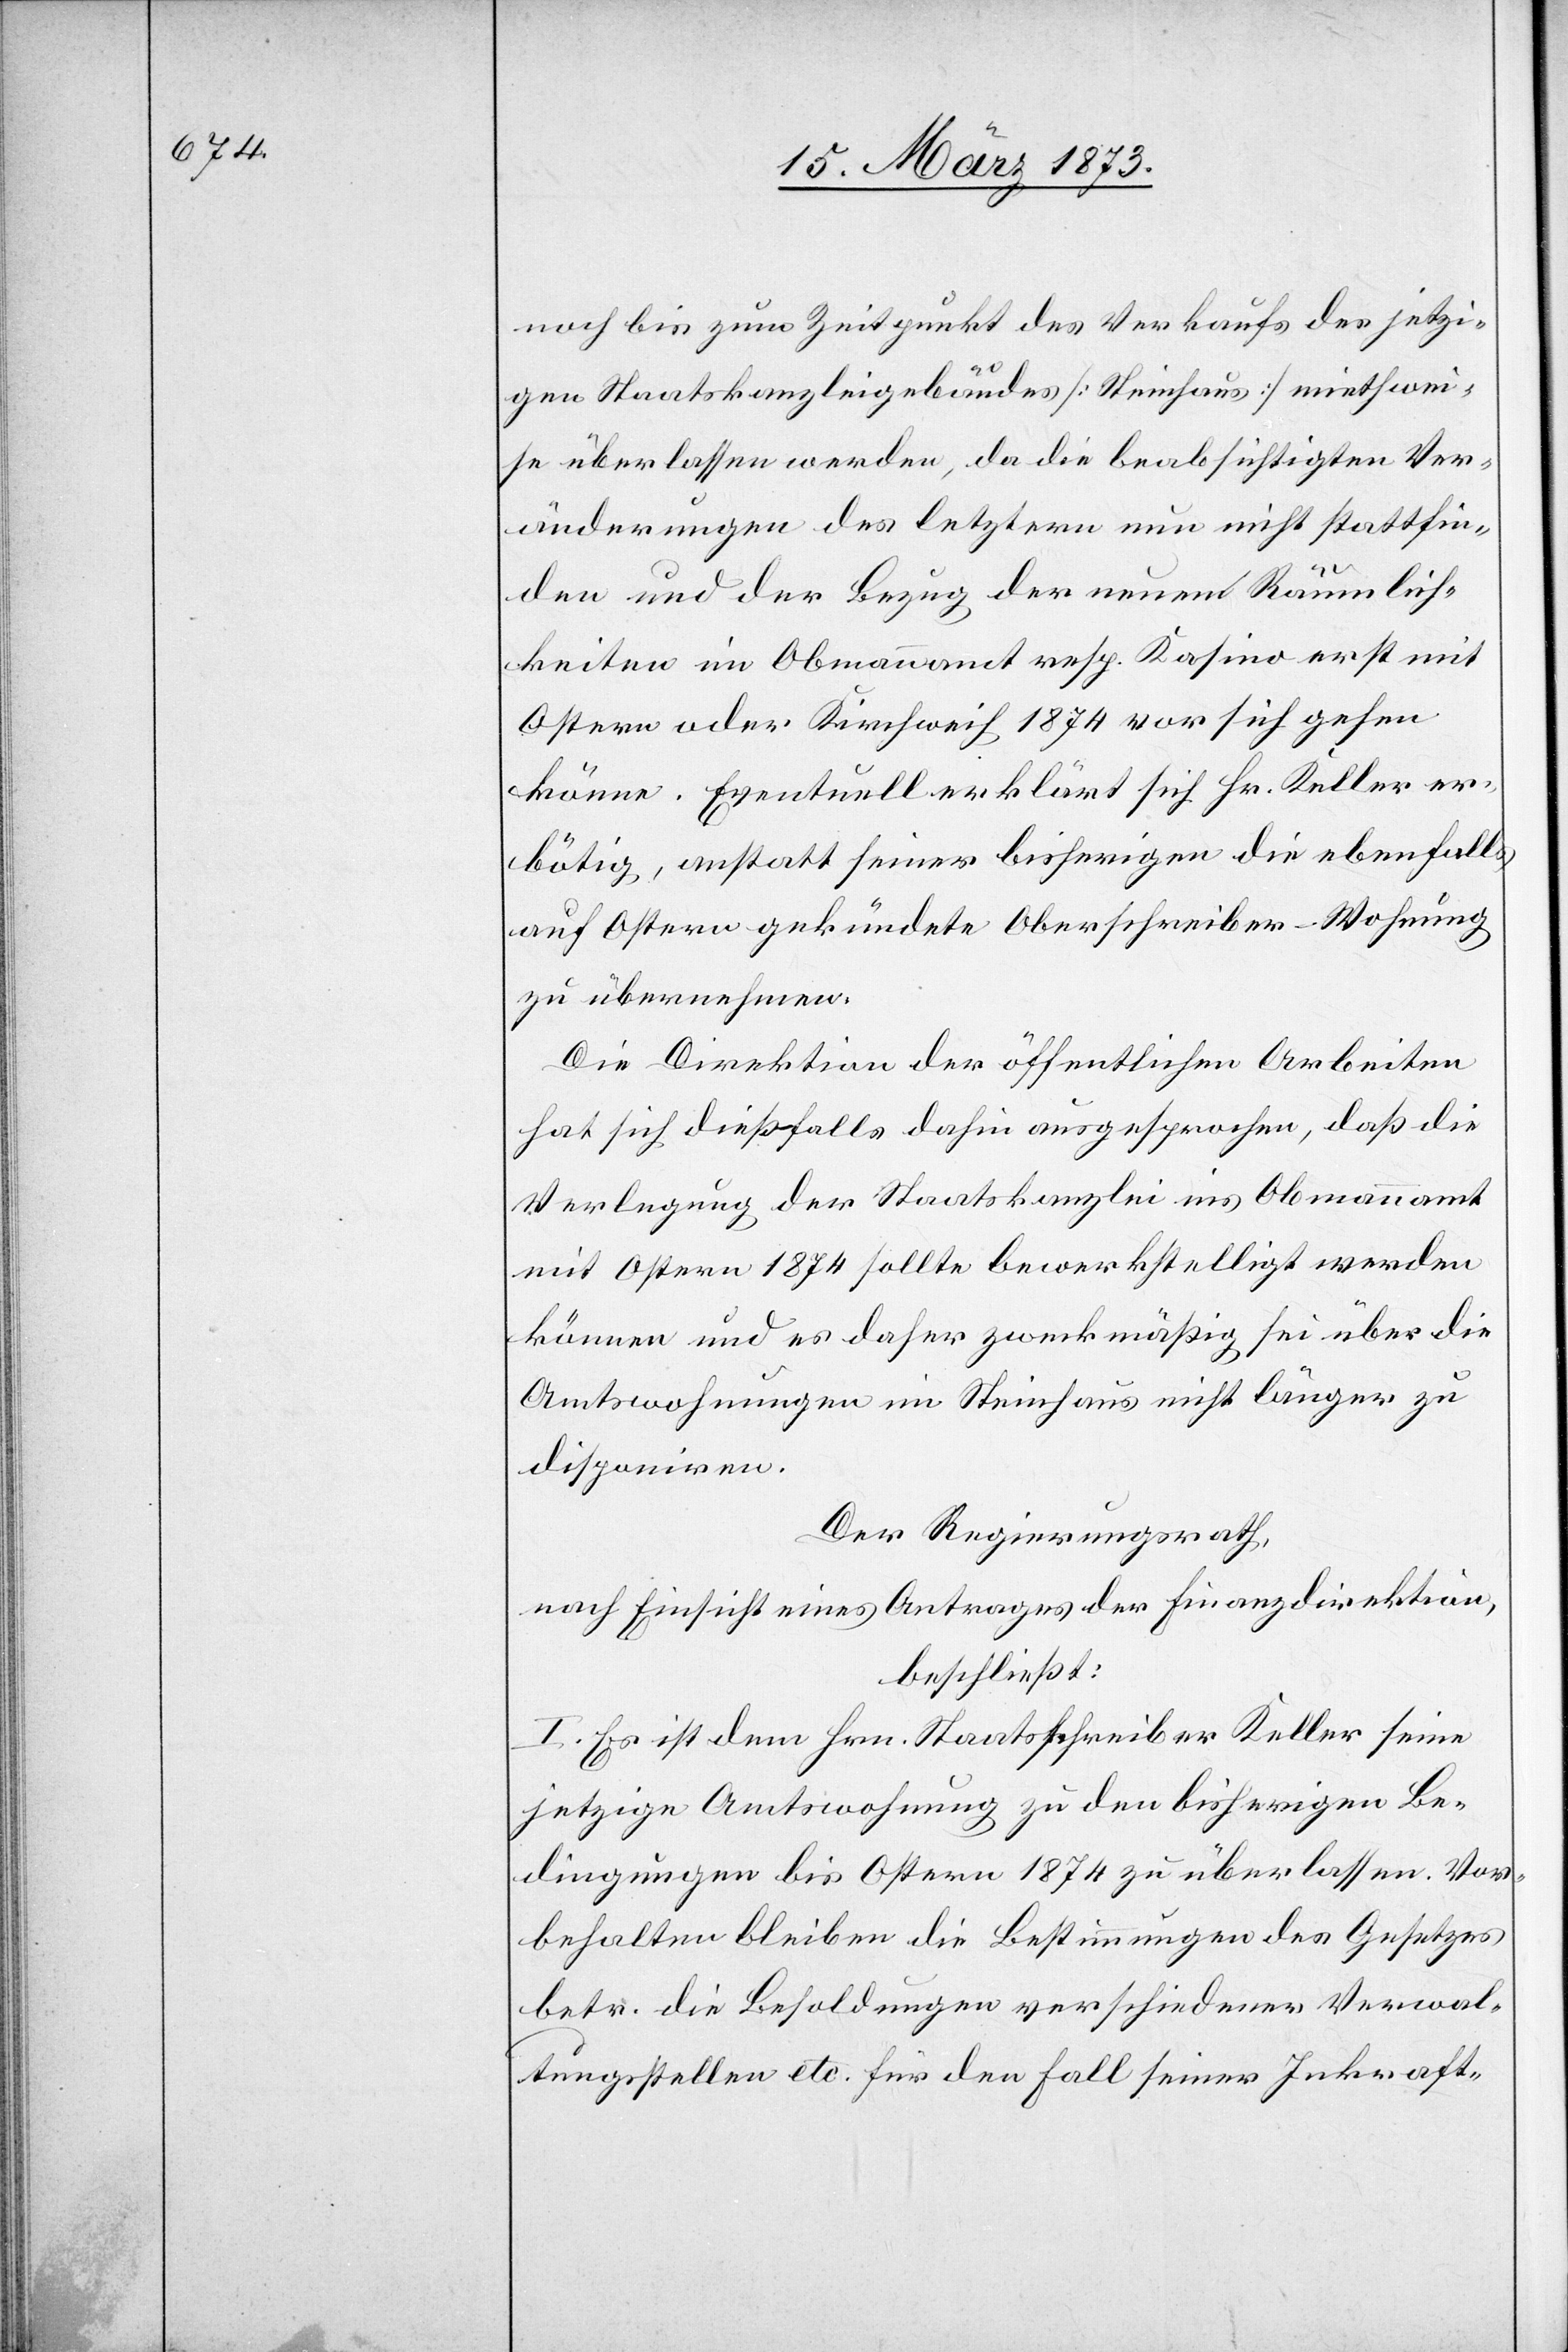
noch bis zum Zeitpunkt des Verkaufs des jetzi¬
gen Staatskanzleigebäudes [Steinhaus] miethwei¬
se überlassen werden, da die beabsichtigten Ver¬
änderungen des letztern nun nicht stattfin¬
den und der Bezug der neuen Räumlich¬
keiten im Obmannamt resp. Kasino erst mit
Ostern oder Kirchweih 1874 vor sich gehen
könne. Eventuell erklärt sich Hr. Keller er¬
bötig, anstatt seiner bisherigen die ebenfalls
auf Ostern gekündete Oberschreiber-Wohnung
zu übernehmen.
Die Direktion der öffentlichen Arbeiten
hat sich dießfalls dahin ausgesprochen, daß die
Verlegung der Staatskanzlei ins Obmannamt
mit Ostern 1874 sollte bewerkstelligt werden
können und es daher zweckmäßig sei über die
Amtswohnungen im Steinhaus nicht länger zu
disponiren.
Der Regierungsrath,
nach Einsicht eines Antrages der Finanzdirektion,
beschließt:
I. Es ist dem Hrn. Staatsschreiber Keller seine
jetzige Amtswohnung zu den bisherigen Be¬
dingungen bis Ostern 1874 zu überlassen. Vor¬
behalten bleiben die Bestimmungen des Gesetzes
betr. die Besoldungen verschiedener Verwal¬
tungsstellen etc. für den Fall seiner Inkraft-